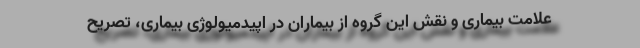
‌علامت بیماری و نقش این گروه از بیماران در اپیدمیولوژی بیماری، تصریح